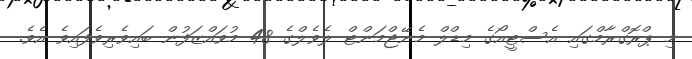
މި ޕްރޮގްރާމްގައި އެސްޓީއޯގެ މިޑްލް މެނޭޖްމަންޓް ލެވެލްގެ 48 މުވައްޒަފުން ބައިވެރިވެފައިވެ އެވެ.